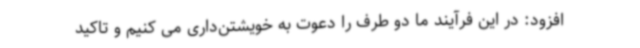
افزود: در این فرآیند ما دو طرف را دعوت به خویشتن‌داری می کنیم و تاکید